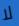
لا